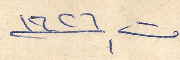
ت١ ١٩٢٦